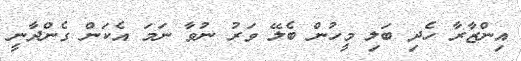
އިންޒާރާ ހެދި ބަލި މީހުން ބެލޭ ވަރު ނުވާ ނަމަ އެކަން ގެންދާނީ